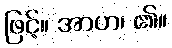
ဖြင့်။ အာဟ၊ ၏။